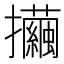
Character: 𢺃